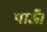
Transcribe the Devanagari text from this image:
पाऊँ।